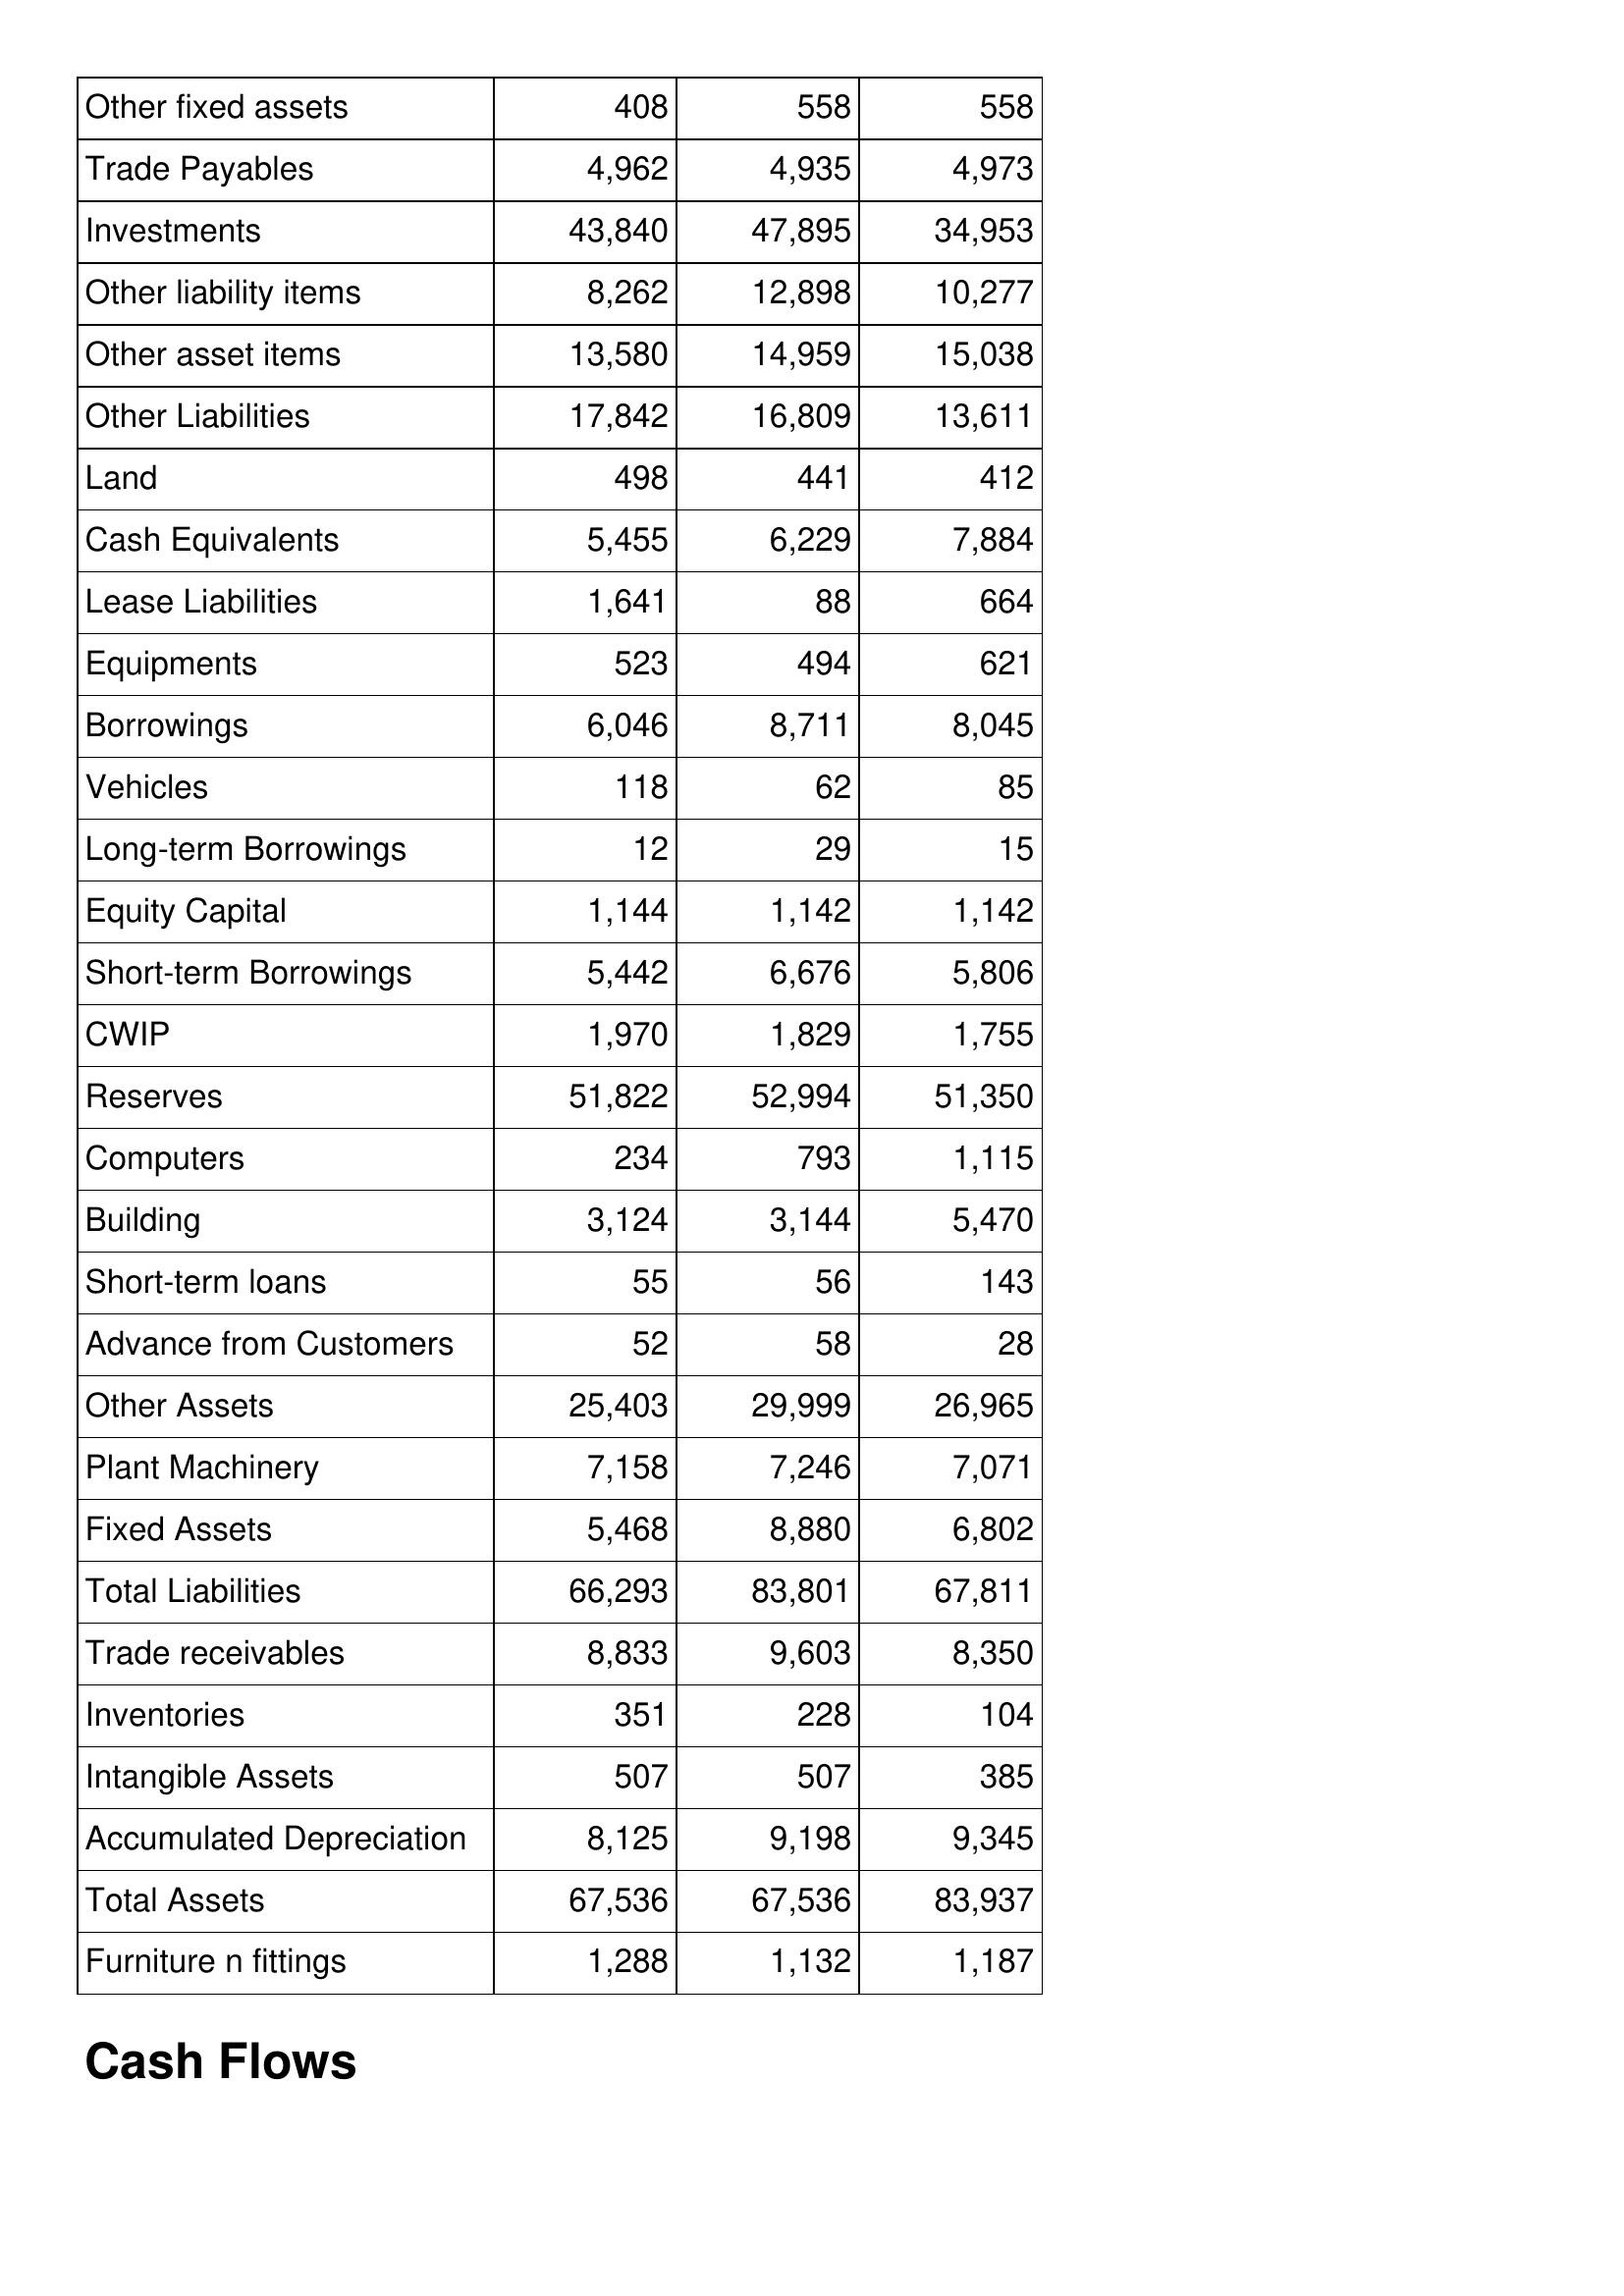
Apr-09: Balance Sheet: Other fixed assets: 408
Trade Payables: 4,962
Investments: 43,840
Other liability items: 8,262
Other asset items: 13,580
Other Liabilities: 17,842
Land: 498
Cash Equivalents: 5,455
Lease Liabilities: 1,641
Equipments: 523
Borrowings: 6,046
Vehicles: 118
Long-term Borrowings: 12
Equity Capital: 1,144
Short-term Borrowings: 5,442
CWIP: 1,970
Reserves: 51,822
Computers: 234
Building: 3,124
Short-term loans: 55
Advance from Customers: 52
Other Assets: 25,403
Plant Machinery: 7,158
Fixed Assets: 5,468
Total Liabilities: 66,293
Trade receivables: 8,833
Inventories: 351
Intangible Assets: 507
Accumulated Depreciation: 8,125
Total Assets: 67,536
Furniture n fittings: 1,288
Apr-08: Balance Sheet: Other fixed assets: 558
Trade Payables: 4,935
Investments: 47,895
Other liability items: 12,898
Other asset items: 14,959
Other Liabilities: 16,809
Land: 441
Cash Equivalents: 6,229
Lease Liabilities: 88
Equipments: 494
Borrowings: 8,711
Vehicles: 62
Long-term Borrowings: 29
Equity Capital: 1,142
Short-term Borrowings: 6,676
CWIP: 1,829
Reserves: 52,994
Computers: 793
Building: 3,144
Short-term loans: 56
Advance from Customers: 58
Other Assets: 29,999
Plant Machinery: 7,246
Fixed Assets: 8,880
Total Liabilities: 83,801
Trade receivables: 9,603
Inventories: 228
Intangible Assets: 507
Accumulated Depreciation: 9,198
Total Assets: 67,536
Furniture n fittings: 1,132
Apr-07: Balance Sheet: Other fixed assets: 558
Trade Payables: 4,973
Investments: 34,953
Other liability items: 10,277
Other asset items: 15,038
Other Liabilities: 13,611
Land: 412
Cash Equivalents: 7,884
Lease Liabilities: 664
Equipments: 621
Borrowings: 8,045
Vehicles: 85
Long-term Borrowings: 15
Equity Capital: 1,142
Short-term Borrowings: 5,806
CWIP: 1,755
Reserves: 51,350
Computers: 1,115
Building: 5,470
Short-term loans: 143
Advance from Customers: 28
Other Assets: 26,965
Plant Machinery: 7,071
Fixed Assets: 6,802
Total Liabilities: 67,811
Trade receivables: 8,350
Inventories: 104
Intangible Assets: 385
Accumulated Depreciation: 9,345
Total Assets: 83,937
Furniture n fittings: 1,187